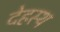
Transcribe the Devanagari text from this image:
देहस्थ